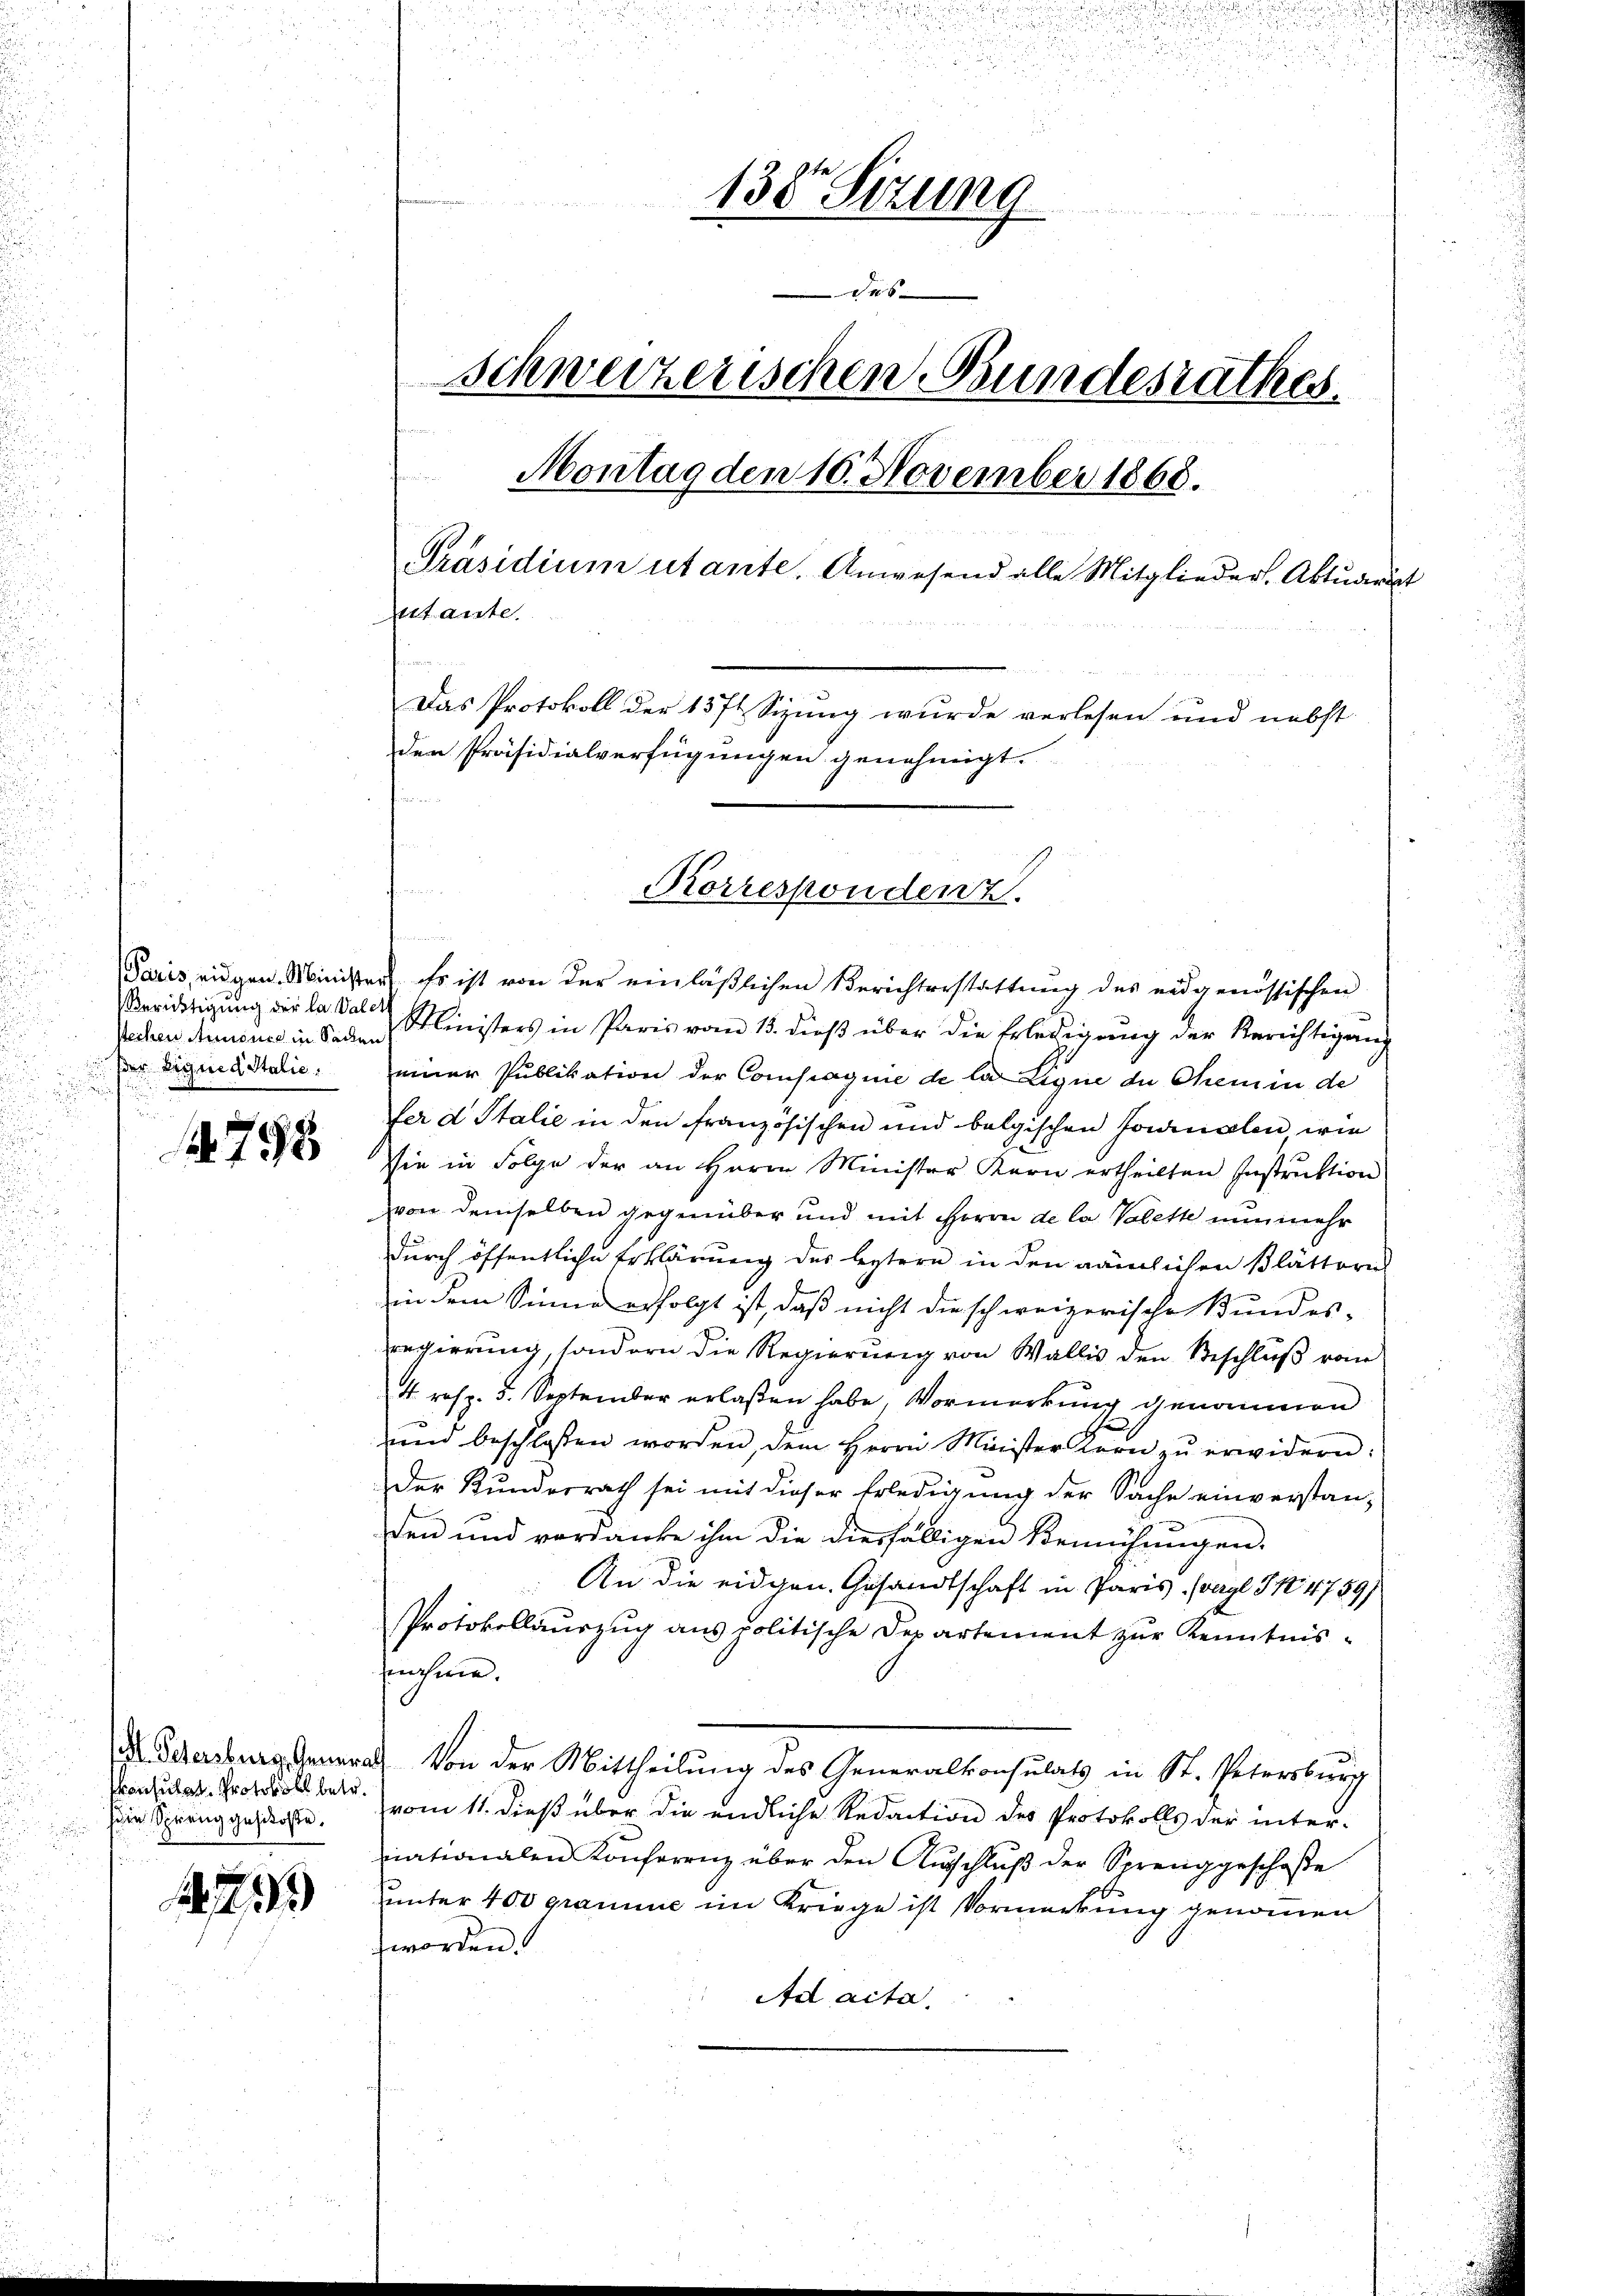
Berichtigung der la Valet
Nechen Annone in Sachen
ser Liquid Italie
e

798

Consulat Protokoll betr.
die Spreng gestoße.

9

e

.

138r Sitzung
46
Schweizerischen Bundesrathes.
i
Montag den 10. November 1868.
Präsidium utante. Anwesend alle Mitglieder. Aktuarut
itante.
Das Protokoll der 1371 Sizung wurde verlesen und nebst
den Präsidialverfügungen genehmigt.

Paris, eidgen. Minister. Es ist von der einläßlichen Berichterstattung des eidgenössischen
Ministers in Paris vom 15. dieβ über die Erledigŭng der Berichtigung
einer Publikation der Compagnie de la Ligne de Chemin de
fer d Italie in den französischen und belgischen Journalen wie
Sie in Folge der an Herrn Minister Korn ertheilten Instruktion
von demselben gegenüber und mit Herrn de la Valette nunmehr
durch öffentliche Erklärung des leztere in den nämlichen Blätteres
in dem Sinne erfolgt ist, daß nicht die schweizerische Bundes-
regierung, sondern die Regierung von Wallis den Beschluß vom
4 resp. 5. September erlaßen habe, Vormerkung genommen
ŭnd beschlossen worden, dem Herrn Minister Kern zŭ erwidern:
Der Bundesrath sei mit dieser Erledigung der Sache einverstanden und verdanke ihm die diesfälligen Bemühungen.
An die eidgen. Gesandtschaft in Paris. (vergl. S. 4789/
Protokollauszug aus politische Departement zur Kenntnisnahme.
A Schersburg Generath von der Mittheilung des Generalkonsulats in St. Petersburg
vom 11. dieß über die endliche Redaction des Protokolls der inter-
nationalen Konferenz über den Aŭsschlŭβ der Sprenggeschoße
unter 400 gramme im Kriege ist Vormerkung genommen
zworden.
Ad acta.

Korrespondenz